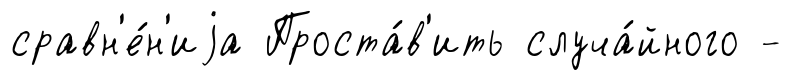
сравн'е́н'иjа Проста́в'ить случа́йного -